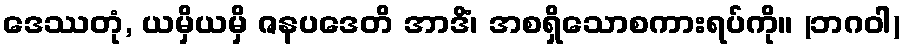
ဒေဿတုံ, ယမှိယမှိ ဇနပဒေတိ အာဒိံ၊ အစရှိသောစကားရပ်ကို။ (ဘဂဝါ)